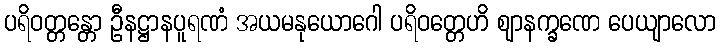
ပရိဝတ္တန္တော ဦနဋ္ဌာနပူရဏံ အယမနုယောဂေါ ပရိဝတ္တေဟိ ဈာနက္ခဏေ ပေယျာလော